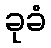
ခုခံ